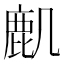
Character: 𪊋